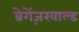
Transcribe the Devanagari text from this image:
ब्रेगेंज़रवाल्ड